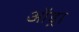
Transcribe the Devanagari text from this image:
ऑड्रा